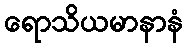
ရောသိယမာနာနံ